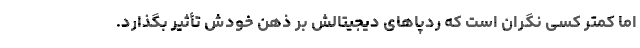
اما کمتر کسی نگران است که ردپاهای دیجیتالش بر ذهن خودش تأثیر بگذارد.